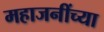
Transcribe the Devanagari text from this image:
महाजनींच्या